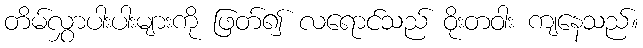
တိမ်လွှာပါးပါးများကို ဖြတ်၍ လရောင်သည် ဝိုးတဝါး ကျနေသည်။